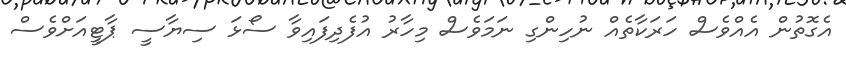
އެގޮތުން އެއްވެސް ހަރަކާތެއް ނުހިންގި ނަމަވެސް މިހާރު އުފެދިފައިވާ ސޯޅަ ސިޔާސީ ޕާޓީއަށްވެސް